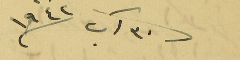
٣٠ آب سنة ١٩٢٤